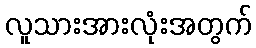
လူသားအားလုံးအတွက်